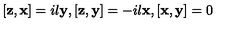
[ { \bf z } , { \bf x } ] = i l { \bf y } , [ { \bf z } , { \bf y } ] = - i l { \bf x } , [ { \bf x } , { \bf y } ] = 0